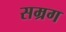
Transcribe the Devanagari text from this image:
सम्रग